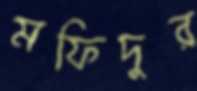
মফিদুর